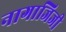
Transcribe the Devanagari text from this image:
नागाजिजी